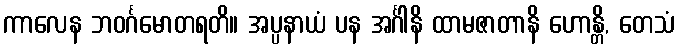
ကာလေန ဘဝင်္ဂမောတရတိ။ အပ္ပနာယံ ပန အင်္ဂါနိ ထာမဇာတာနိ ဟောန္တိ, တေသံ